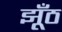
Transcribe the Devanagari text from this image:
झूँठ